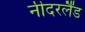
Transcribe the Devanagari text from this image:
नीदरर्लैंड